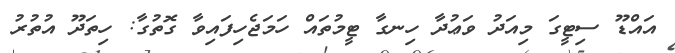
އައްޑޫ ސިޓީގަ މިއަދު ވަޢުދާ ހިނގާ ޓީމުތައް ހަމަޖެހިފައިވާ ގޮތުގާ: ހިތަދޫ އުތުރު